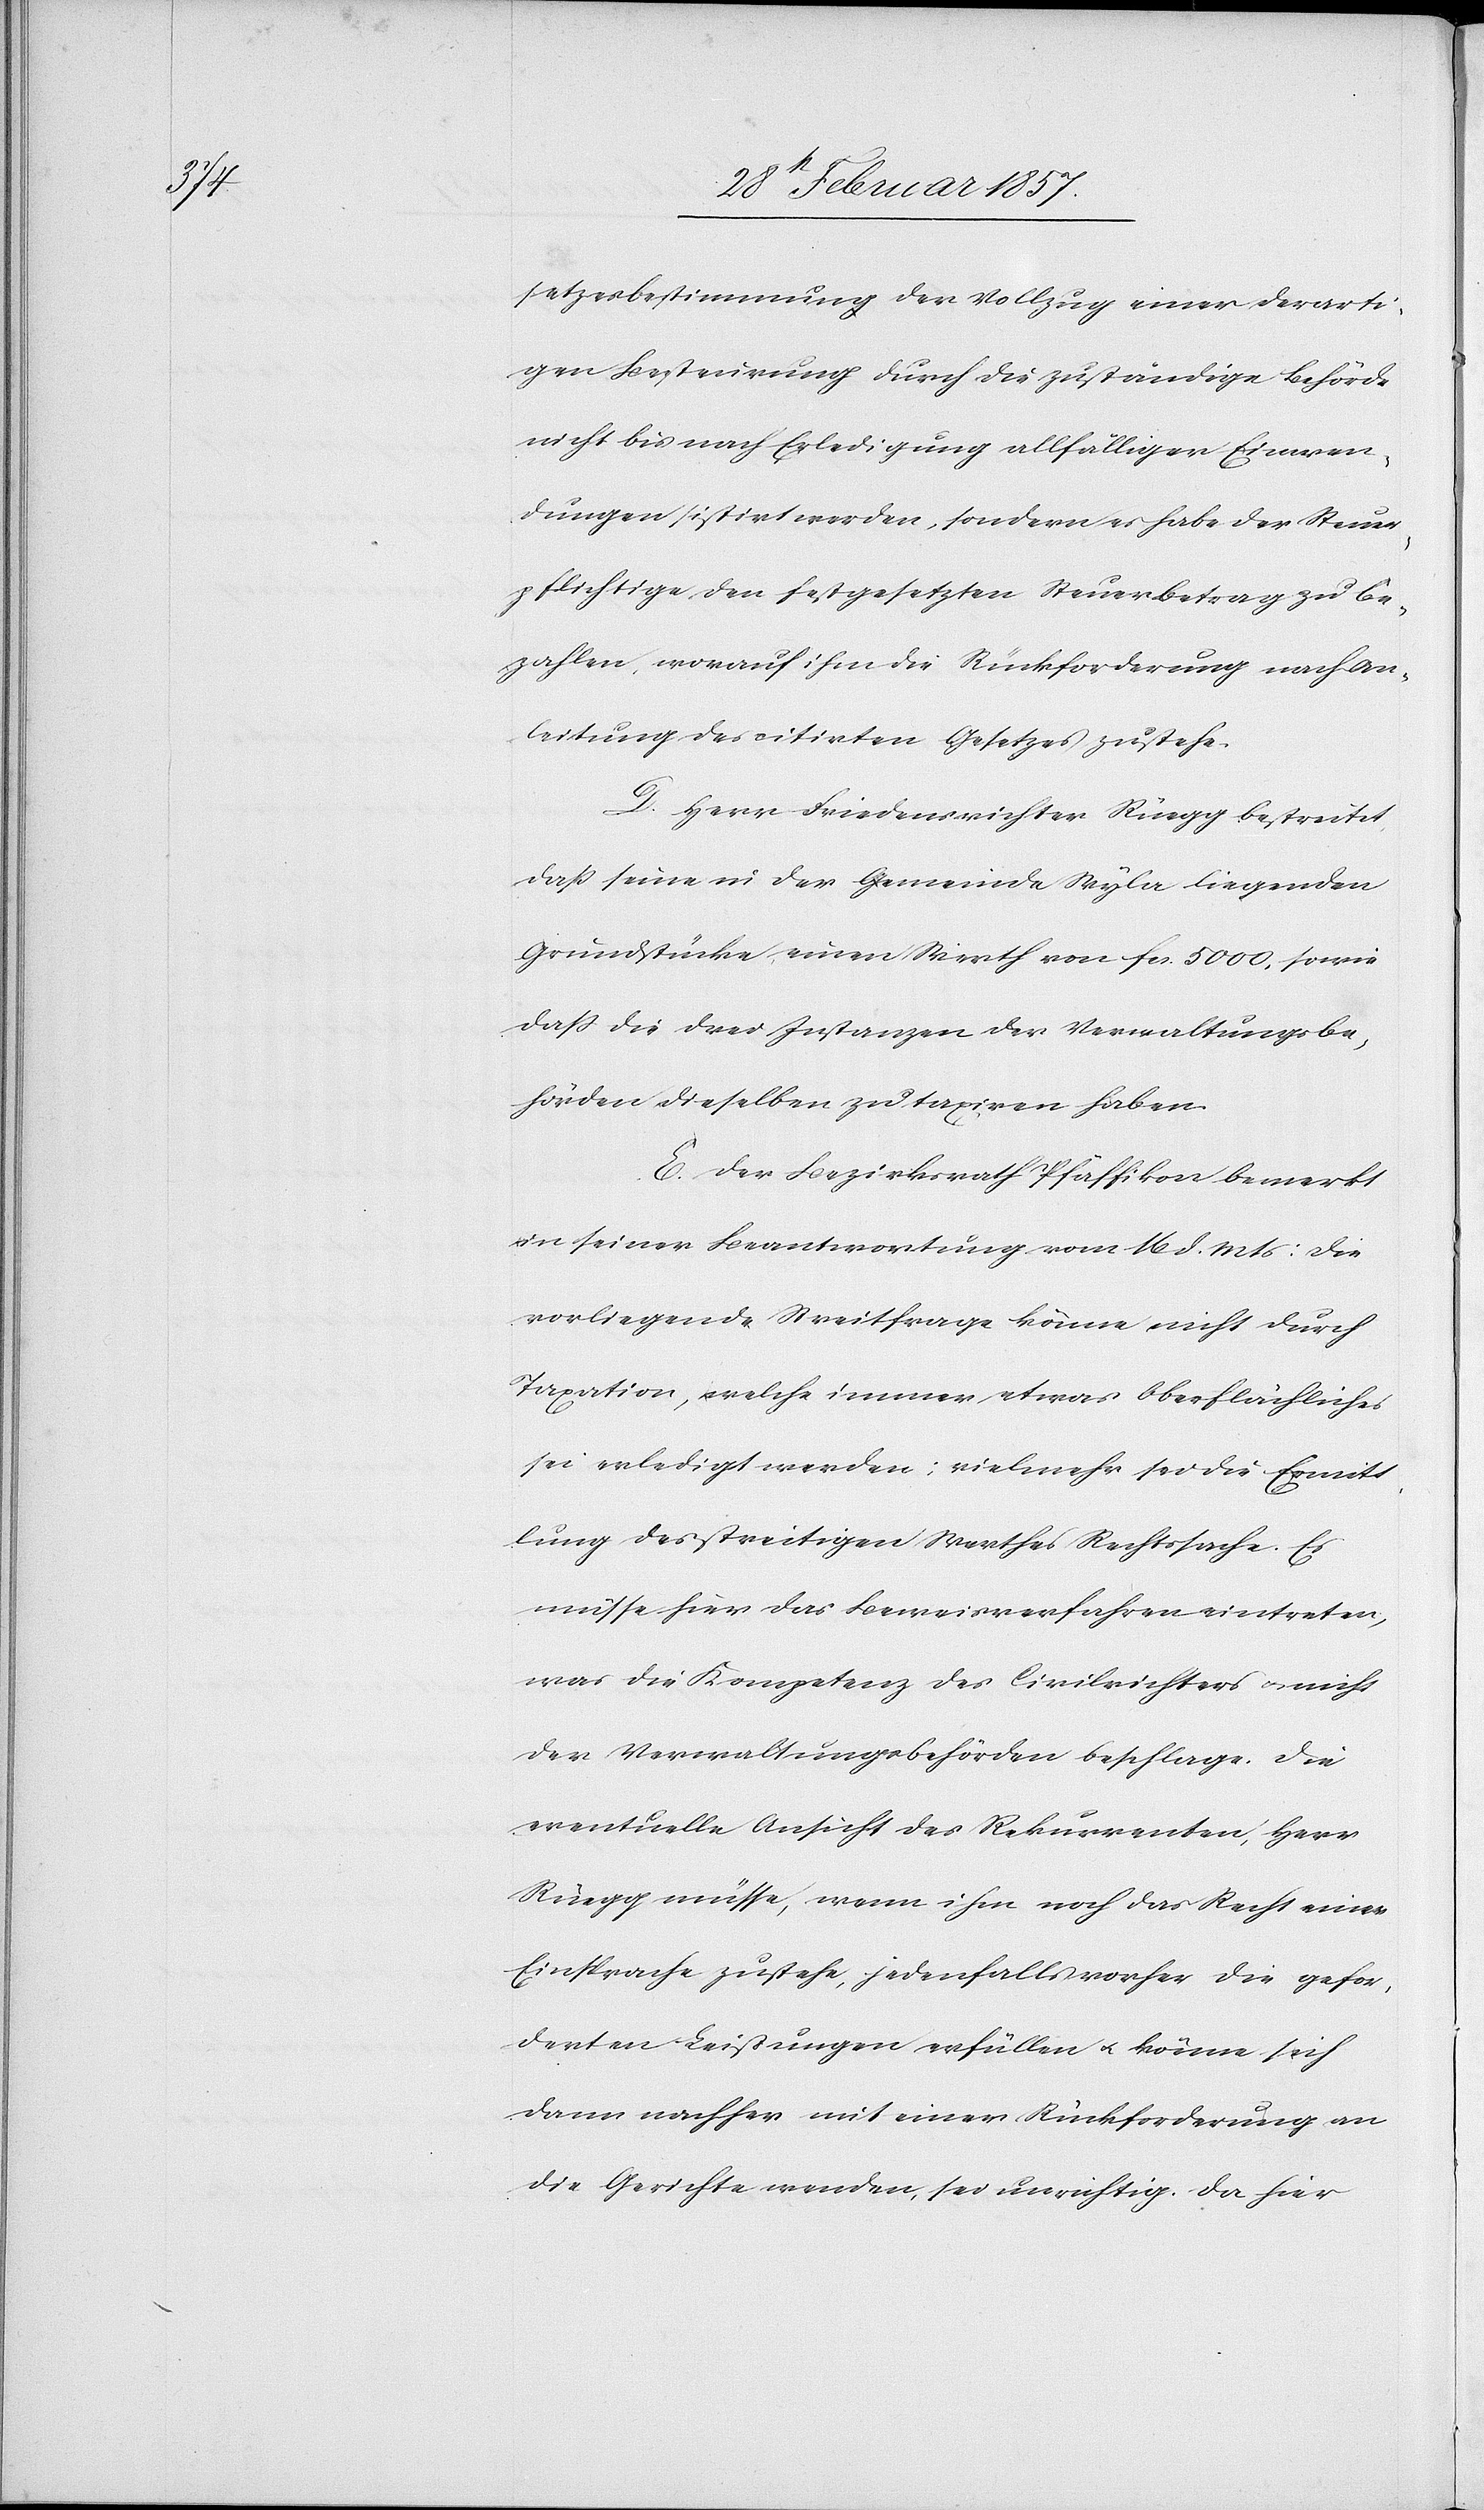
setzesbestimmung der Vollzug einer derarti¬
gen Besteurung durch die zuständige Behörde
nicht bis nach Erledigung allfälliger Einwen¬
dungen sistirt werden, sondern es habe der Steuer¬
pflichtige den festgesetzten Steuerbetrag zu be¬
zahlen, worauf ihm die Rückforderung nach An¬
leitung des citirten Gesetzes zustehe.
D. Herr Friedensrichter Rüegg bestreitet,
daß seine in der Gemeinde Wyla liegenden
Grundstücke einen Werth von fr. 5000, sowie
daß die drei Instanzen der Verwaltungsbe¬
hörden dieselben zu taxiren haben.
E. Der Bezirksrath Pfäffikon bemerkt
in seiner Beantwortung vom 16 d. Mts: Die
vorliegende Streitfrage könne nicht durch
Taxation, welche immer etwas Oberflächliches
sei erledigt werden; vielmehr sei die Ermitt¬
lung des streitigen Werthes Rechtssache. Es
müsse für das Beweisverfahren eintreten,
was die Kompetenz des Civilrichters u. nicht
der Verwaltungsbehörden beschlage. Die
eventuelle Ansicht des Rekurrenten, Herr
Rüegg müsse, wenn ihm noch das Recht einer
Einsprache zustehe, jedenfalls vorher die gefor¬
derten Leistungen erfüllen u. könne sich
dann nachher mit einer Rückforderung an
die Gerichte wenden, sei unrichtig. Da hier